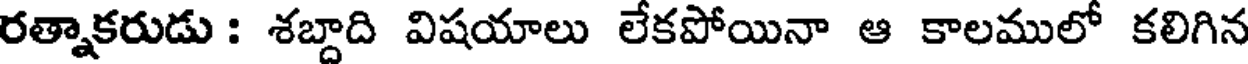
రత్నాకరుడు : శబ్దాది విషయాలు లేకపోయినా ఆ కాలములో కలిగిన